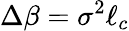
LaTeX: \Delta\beta=\sigma^{2}\ell_{c}